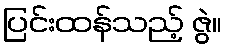
ပြင်းထန်သည့် ဇွဲ။